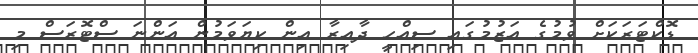
ޑޮކްޓަރަކަށް ވުމުގެ އަޒުމުގައި ސިއްހީ ދާއިރާ އިން ކިޔަވަމުން އަންނަ ސްޓޮރަސް މި